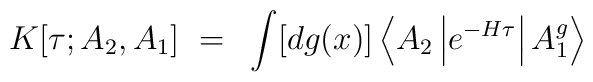
K[\tau;A_2,A_1]~=~\int [dg(x)]\left<A_2\left| e^{-H\tau}\right|A_1^g\right>